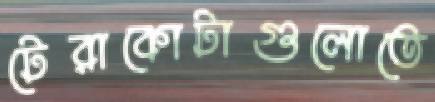
টেরাকোটাগুলোতে